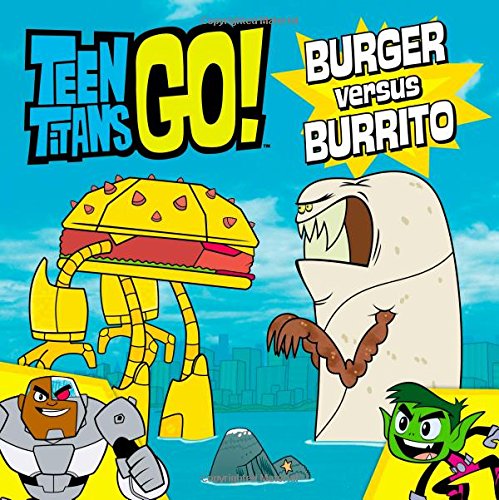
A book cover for Teen Titans Go!: Burger versus Burrito; Magnolia Belle; Children's Books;